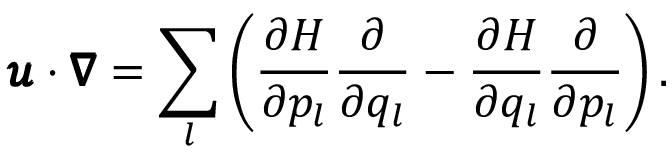
\pmb { u } \cdot \pmb { \nabla } = \sum _ { l } \left( \frac { \partial H } { \partial p _ { l } } \frac { \partial } { \partial q _ { l } } - \frac { \partial H } { \partial q _ { l } } \frac { \partial } { \partial p _ { l } } \right) .